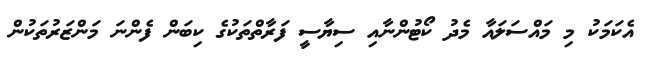
އެކަމަކު މި މައްސަލައާ މެދު ކޯޓުންނާއި ސިޔާސީ ފަރާތްތަކުގެ ކިބަން ފެންނަ މަންޒަރުތަކުން